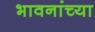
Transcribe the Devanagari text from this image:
भावनांच्या